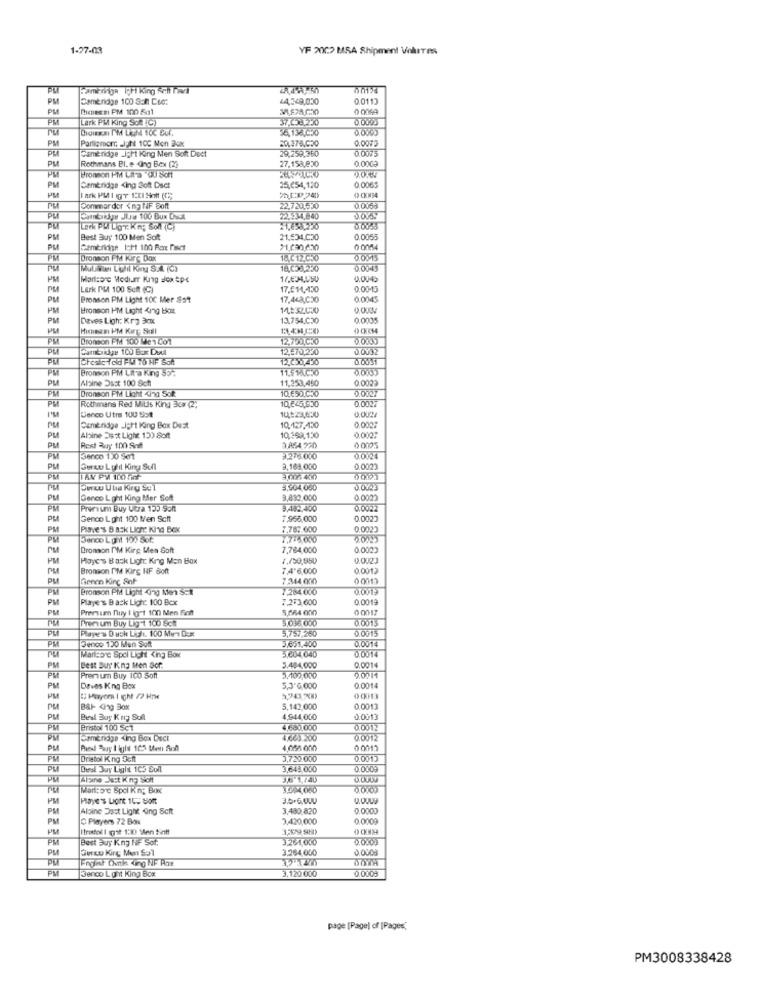
1-27-023
YF 2002 MSA Shipment Volutes
00124
PM
Cambridge 100 Son Cod:
44,349,030
00113
PM
Dicessi PM 100 5a1
0 0069
PM
Lerk PM King So IC)
0.0000
TU
54138,050
PM
0,0075
Cambridge _Ight King Men Soft Doct
Particmorr _Ight 100 Mon Box
0.0075
PRI
Rothmans BL. e Ong Box (29
29,259,360
27.158,820
0.0009
PM
Bronson PM Lit-a -OU Sicht
PM
PM
Cambridge <ing Soft Dsct
25,254,120
0.0065
0 CKM34
PM
Commordor <ng NF Soft
22,720,530
Comandos Jira 100 Bux Dwal
22.234,840
Leck PLI LigT. Kn; Soll (C)
11,658,250
PM
Best Buy 100 Men Soft
21.634,030
0.0055
PM
Dronson PM KiFC Dax
18.C12.030
18,058.230
PM
0.0010
Lerk PM 100 Sett (C)
17,€14,430
0.0013
PM
Bronson PM Light 10C Mer So?
17.468,030
0.0045
PM
Bronson HM Light 4ing baz
Daves Ligh: Kra 3cx
13.754.030
0.0005
PM
Hicasi PM KIrt Skall
13.4MCO
PM
Bronson PM 100 Me1 001
12.750 C30
Cambridge 100 Bar DMA
12,570,230
12.030,430
0.005
PM
Bronson PM Lat'a King 53-
11.5 1AC30
Alpine Dast 100 Sch
11,253,450
0.0023
Dronson Ptd Light <170 Sok
10.€50,030
Rothmans Red MiUs King 3cr (2)
10845,930
0.000
0.0027
PM
0.002
Lenco Utra 100 Sist
0.0007
PM
Cambridge -Ight king Box Dust
10,127.430
0.0027
Albine Dast Light 12) Soft
10.359,130
PM
Rest Bury 100 Sind
0 0005
PW
Jenco 120 501
9276.000
0.0/24
PM
Sercu Lulil King Sull
3,168,000
0.0023
PM
3.904 050
PM
Genco L ght King Mer Soft
3,830,000
0.0023
PM
Premium Buy Utra 125 Sont
3,482,400
PU
Genco Loht 100 Men Scft
7.966,000
0.0023
PM
Piave's Back Light King Bek
7.787.600
0.0023
PW
Denco Lunt 100 Sot
PM
Dromon I'M Kirg Men Soft
7,784,000
0.000)
PM
Playc's Back Light: King Men Box
0.0023
PM
Bronson I'M Kirg NF Soft
7,4'6,000
0.0012
Genen Kinc Sat
7.344 000
0 0017
PM
Bronson PM Light 4ing Men Schl
7264.000
PM
Players Back Ligh: 100 Bcx
7,283,600
0.0019
PM
Premium nuy I ig-t 100 Men Font
5,664 000
0 0012
Free um Buy Lig-t 100 Sch
0.0015
5,757,250
0.0015
Denco 120 Men Soft
5,651,400
PM
5,604,040
0.0014
Marcorc Spel Lich King Box
PM
Best Buy' Kna Men Sor.
5.404,000
0,0014
Pren um Buy 100 Soft
5.100,000
5.001
PM
Deves King Box
5,3"6,000
0.0014
PM
C: Mayora I cht /? Hne
0 0013
5,142,000
0.0013
PM
Best Buy Krig Sull
4,944,000
0.0013
PM
Bristol 100 SCT
4.660.000
0.0012
PM
SamEnage <ing Box Dect
4.608.200
PM
4,056 000
0 0011
Drietol King Scht
3,720.000
0.0013
PM
Dersl Juy Light 1C3 Soll
3,643.000
0.080Y
PM
Montoro Spol Kin; Box
PM
Haye's Lort 14: Soft
3.5.6,000
PM
Albine Dast Light ong Scft
3,480,820
0,0000
PM
C Players 72 Box
3,420,000
0.0009
PM
PM
Best Buy King HF Sot.
3.264,000
PM
Surcu Kirt Men Sol
3.264,000
Jenco Lont King Box
3.120.000
page [Pagel of [Pages,
PM3008338428